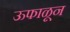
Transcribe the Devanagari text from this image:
ऊफाळून